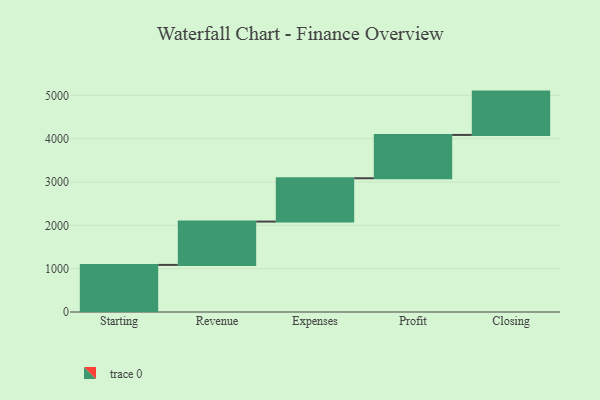
{"axis": {"x": "Step", "y": "Value"}, "legend": [""], "data": [{"x": "Starting", "y": 1087.0, "type": ""}, {"x": "Revenue", "y": 1000, "type": ""}, {"x": "Expenses", "y": 1000, "type": ""}, {"x": "Profit", "y": 1000, "type": ""}, {"x": "Closing", "y": 1000, "type": ""}]}